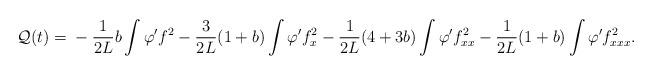
LaTeX: \begin{align*}\begin{aligned}\mathcal Q(t) =& ~{} -\frac{1}{2L}b \int \varphi' f^2 - \frac{3}{2L} (1+ b) \int \varphi' f_x^2 - \frac{1}{2L}(4+3b) \int \varphi' f_{xx}^2 - \frac{1}{2L}(1+b)\int \varphi' f_{xxx}^2.\end{aligned}\end{align*}